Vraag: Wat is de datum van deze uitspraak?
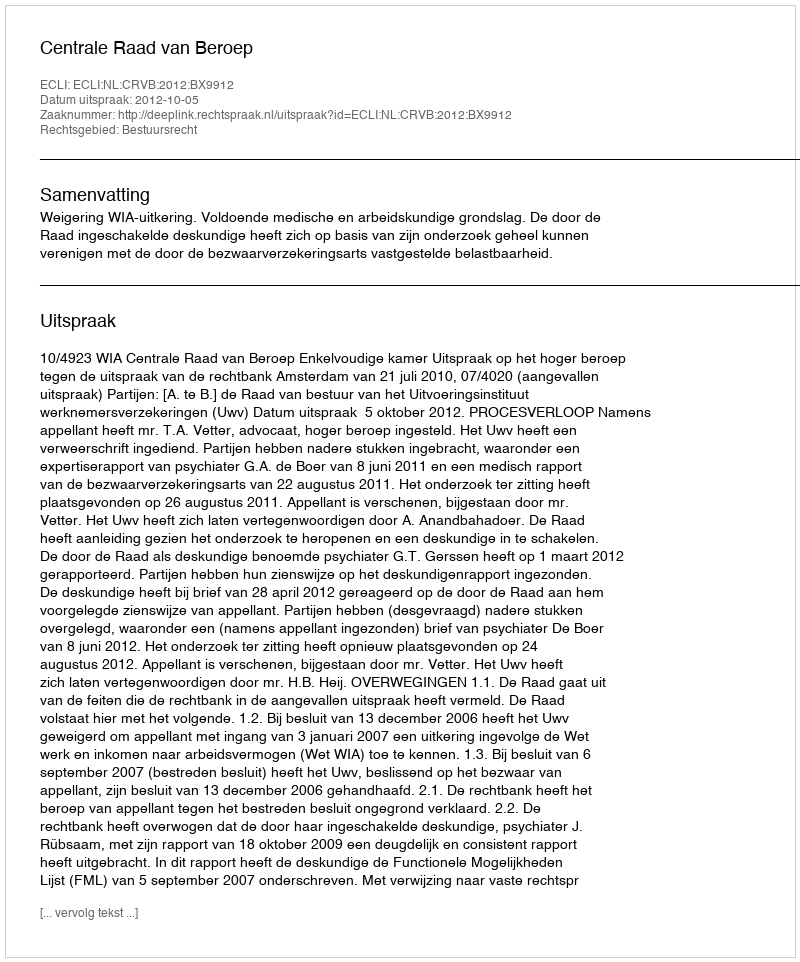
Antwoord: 2012-10-05